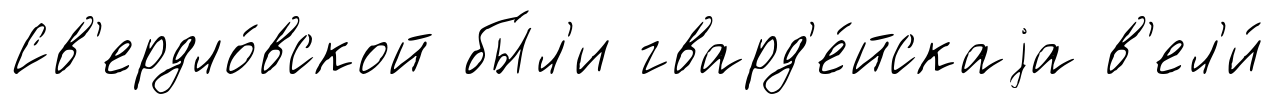
Св'ердло́вской бы́л'и гвард'е́йскаjа в'ел'и́